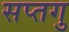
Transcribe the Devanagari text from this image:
सप्तगु